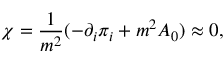
\chi = \frac { 1 } { m ^ { 2 } } ( - \partial _ { i } \pi _ { i } + m ^ { 2 } A _ { 0 } ) \approx 0 ,